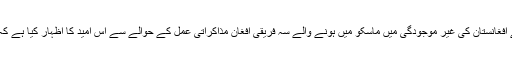
خبر رساں ادارے تسنیم کے مطابق، امریکا نے افغانستان کی غیر موجودگی میں ماسکو میں ہونے والے سہ فریقی افغان مذاکراتی عمل کے حوالے سے اس اُمید کا اظہار کیا ہے کہ یہ اجلاس امن کے قیام میں مدد فراہم کرے گا۔